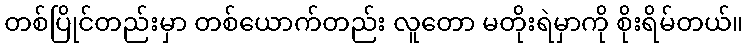
တစ်ပြိုင်တည်းမှာ တစ်ယောက်တည်း လူတော မတိုးရဲမှာကို စိုးရိမ်တယ်။